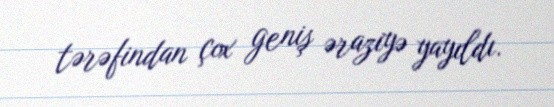
tərəfindan çox geniş əraziyə yayıldı.